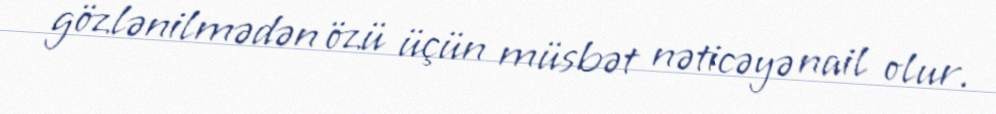
gözlənilmədən özü üçün müsbət nəticəyə nail olur.